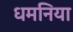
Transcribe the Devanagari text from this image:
धमनिया